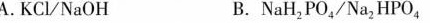
A.KCVNaOH B.NaH2PO4/Na2HPO4